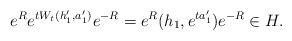
LaTeX: \begin{align*}e^Re^{tW_t(h_1',a_1')}e^{-R}=e^R(h_1,e^{ta_1'})e^{-R}\in H.\end{align*}